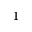
1